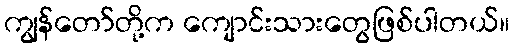
ကျွန်တော်တို့က ကျောင်းသားတွေဖြစ်ပါတယ်။